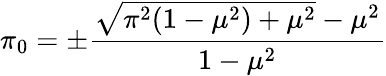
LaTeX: \pi_{0}=\pm\frac{\sqrt{\pi^{2}(1-\mu^{2})+\mu^{2}}-\mu^{2}}{1-\mu^{2}}